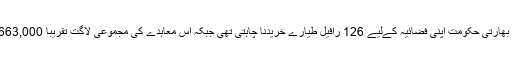
اصل معاہدے کی رُو سے، بھارتی حکومت اپنی فضائیہ کےلیے 126 رافیل طیارے خریدنا چاہتی تھی جبکہ اس معاہدے کی مجموعی لاگت تقریباً 663,000 کروڑ بھارتی روپے تھی۔